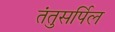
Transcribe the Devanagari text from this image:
तंतुसर्पिल